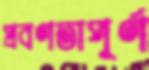
প্রবণতাপূর্ণ